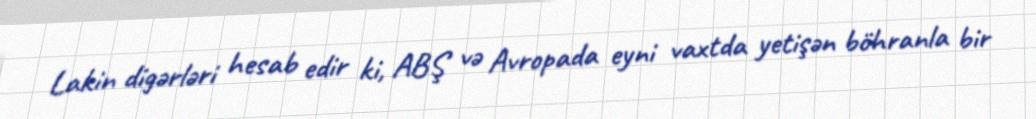
Lakin digərləri hesab edir ki, ABŞ və Avropada eyni vaxtda yetişən böhranla bir